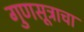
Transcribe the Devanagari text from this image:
गुणसूत्राचा